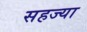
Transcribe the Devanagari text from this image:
सहज्या